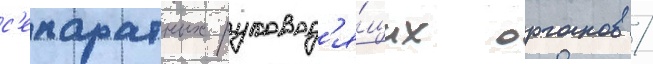
с'епаратных руковод'я́щих органов /